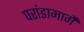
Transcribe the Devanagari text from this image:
परांडामार्गे